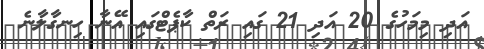
އަދި މިމަހުގެ 20 އަދި 21 ގައި ރަތް ކާޕެޓްގައި އޭނާ ހިނގާލާނެ